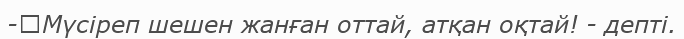
-	Мүсіреп шешен жанған оттай, атқан оқтай! - депті.